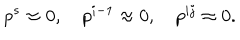
p ^ { s } \approx 0 , \quad p ^ { i - 1 } \approx 0 , \quad p ^ { i j } \approx 0 .